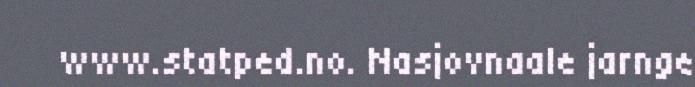
www.statped.no. Nasjovnaale jarnge